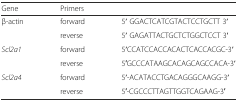
<table><thead><tr><td><b>Gene</b></td><td colspan="2"><b>Primers</b></td></tr></thead><tbody><tr><td rowspan="2">β-actin</td><td>forward</td><td>5′ GGACTCATCGTACTCCTGCTT 3′</td></tr><tr><td>reverse</td><td>5′ GAGATTACTGCTCTGGCTCCT 3′</td></tr><tr><td rowspan="2"><i>Scl2a1</i></td><td>forward</td><td>5′CCATCCACCACACTCACCACGC-3′</td></tr><tr><td>reverse</td><td>5′GCCCATAAGCACAGCAGCCACA-3′</td></tr><tr><td rowspan="2"><i>Scl2a4</i></td><td>forward</td><td>5′-ACATACCTGACAGGGCAAGG-3′</td></tr><tr><td>reverse</td><td>5′-CGCCCTTAGTTGGTCAGAAG-3′</td></tr></tbody></table>